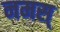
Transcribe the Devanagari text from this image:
नमस्‌